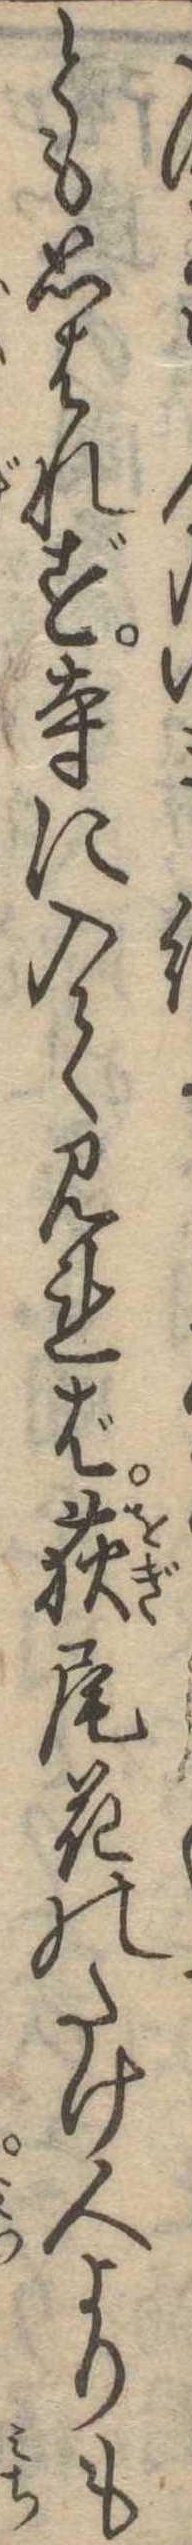
とも思はれず寺に入て見れば荻尾花のたけ人よりも